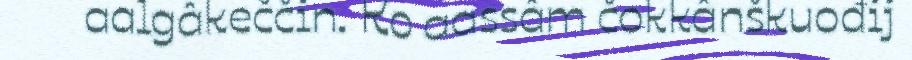
aalgâkeččin. Ko aassâm čokkânškuođij